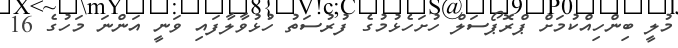
މުލީ ބިންހިއްކުމަށް ޕްރޮޕޯސަލް ހުށަހެޅުމުގެ ފުރުސަތު ހުޅުވާލާފައި ވަނީ އަންނަ މަހުގެ 16